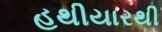
હથીયારથી